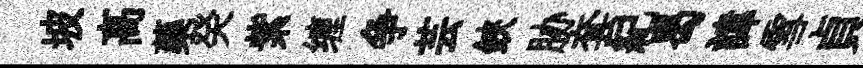
坡高藥癸紫缠争芸鋏胁套紀曷諱雪貞